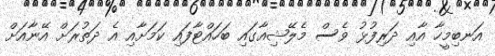
އަނބިމީހާ އާއި ދަރިފުޅު ވެސް މެލޭޝިއާގައި ބަހައްޓާފައި ކަމަށާއި އެ ދަތުރަށް އޭނާއަށް